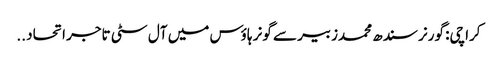
کراچی: گورنر سندھ محمدزبیر سے گونر ہاؤس میں آل سٹی تاجر اتحاد ..